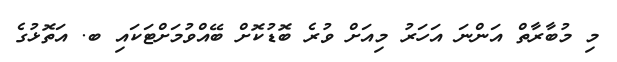
މި މުބާރާތް އަންނަ އަހަރު މިއަށް ވުރެ ބޮޑުކޮށް ބޭއްވުމަށްޓަކައި ބ. އަތޮޅުގެ